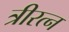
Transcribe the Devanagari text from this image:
त्रीरत्न